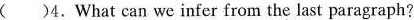
（）4.What can we infer from the last paragraph?